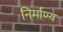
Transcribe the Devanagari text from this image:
निर्माण्य